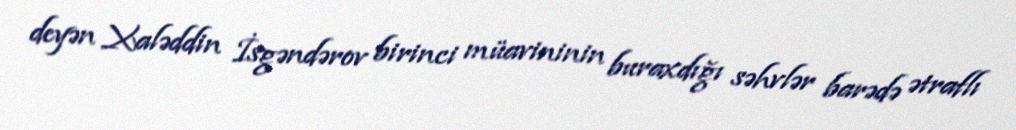
deyən Xaləddin İsgəndərov birinci müavininin buraxdığı səhvlər barədə ətraflı